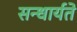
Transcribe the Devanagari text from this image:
सन्धार्यते